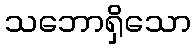
သဘောရှိသော